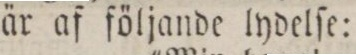
är af följande lydelſe: